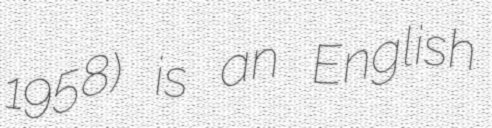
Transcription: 1958) is an English